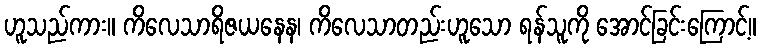
ဟူသည်ကား။ ကိလေသာရိဇယနေန၊ ကိလေသာတည်းဟူသော ရန်သူကို အောင်ခြင်းကြောင့်။